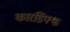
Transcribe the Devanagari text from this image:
कारडिफ्फ